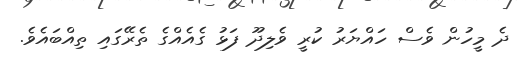
ދެ މީހުން ވެސް ހައްޔަރު ކުރީ ވެލިދޫ ފަޅު ގެއެއްގެ ތެރޭގައި ތިއްބައެވެ.